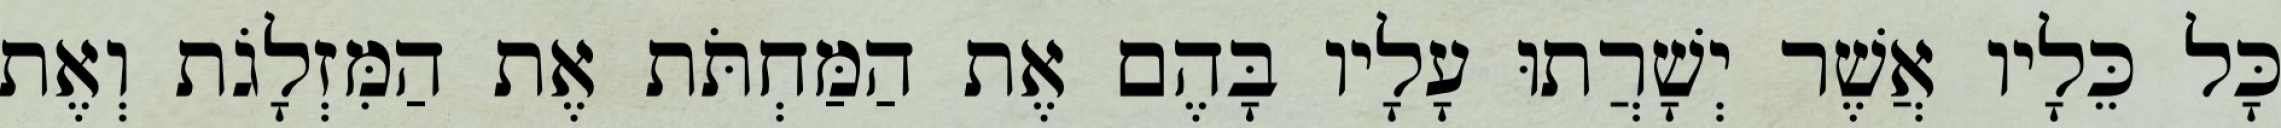
כָּל כֵּלָיו אֲשֶׁר יְשָׁרֲתוּ עָלָיו בָּהֶם אֶת הַמַּחְתֹּת אֶת הַמִּזְלָגֹת וְאֶת